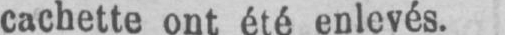
cachette ont été enlevés.